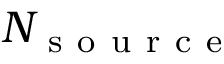
N _ { \mathrm { ~ s ~ o ~ u ~ r ~ c ~ e ~ } }